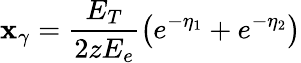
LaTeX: \mathbf{x}_{\gamma}=\frac{{E_{T}}}{{2zE_{e}}}\left(e^{-\eta_{1}}+e^{-\eta_{2}}\right)